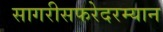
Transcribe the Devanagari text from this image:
सागरीसफरेदरम्यान